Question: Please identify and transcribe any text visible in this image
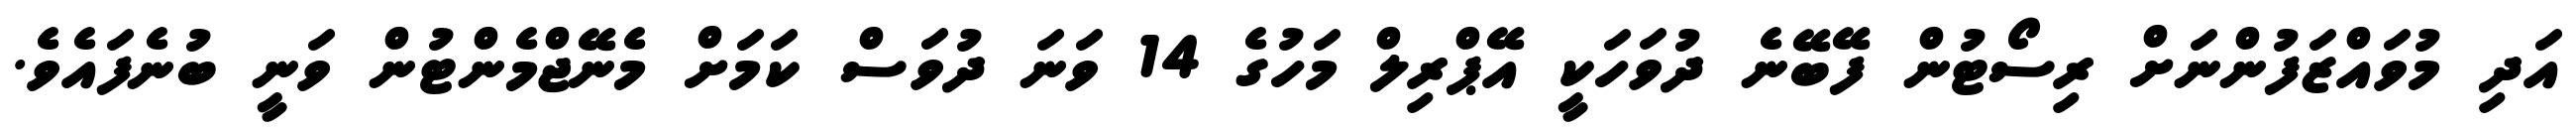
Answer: އަދި މުވައްޒަފުންނަށް ރިސޯޓުން ފޭބޭނެ ދުވަހަކީ އޭޕްރިލް މަހުގެ 14 ވަނަ ދުވަސް ކަމަށް މެނޭޖްމެންޓުން ވަނީ ބުނެފައެވެ.